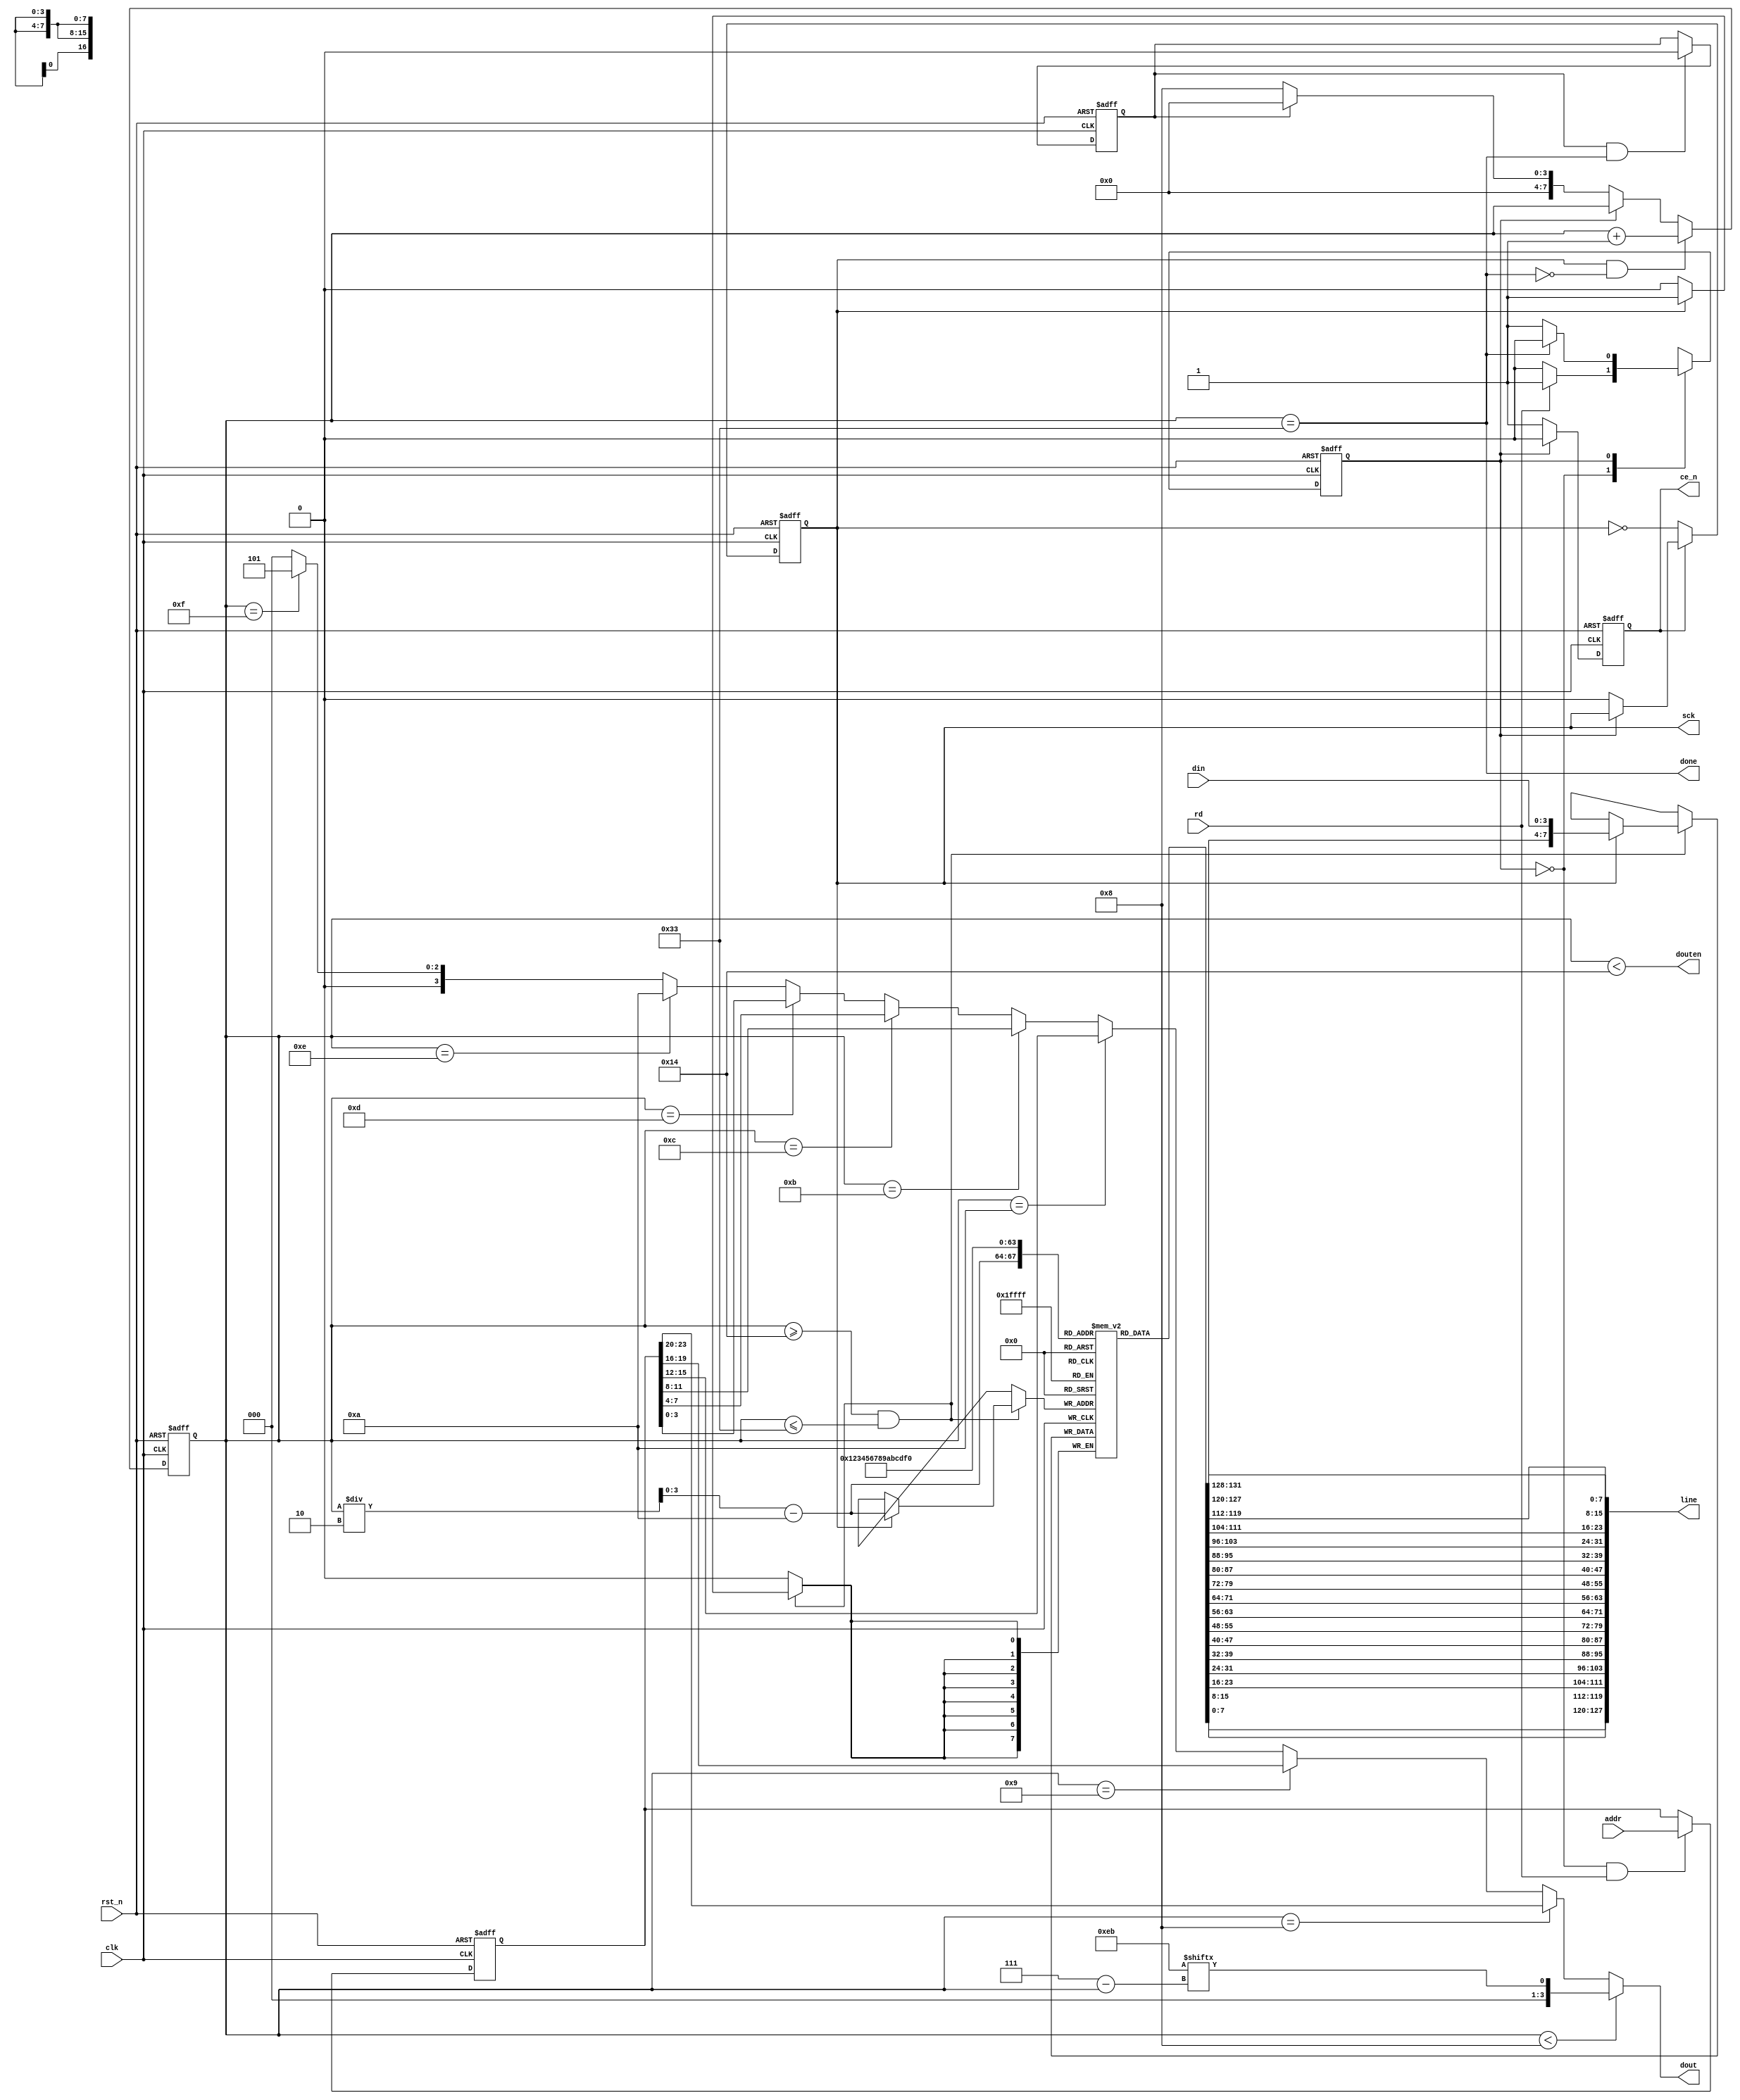
/*
	Copyright 2020 Mohamed Shalan (mshalan@aucegypt.edu)
	
	Licensed under the Apache License, Version 2.0 (the "License"); 
	you may not use this file except in compliance with the License. 
	You may obtain a copy of the License at:
	http://www.apache.org/licenses/LICENSE-2.0
	Unless required by applicable law or agreed to in writing, software 
	distributed under the License is distributed on an "AS IS" BASIS, 
	WITHOUT WARRANTIES OR CONDITIONS OF ANY KIND, either express or implied. 
	See the License for the specific language governing permissions and 
	limitations under the License.
*/

`timescale          1ns/1ps
`default_nettype    none

/*
    RTL Model for reading from Quad I/O flash using the QUAD I/O FAST READ (0xEB) 
    command with the continuous read option enabled. The Quad I/O bit must be set 
    during flash programming. The provided flash memory model has the bit set.

    Every transaction reads one cache line from the flash. To start a transaction, 
    provide the memory address and assert rd for 1 clock cycle. done is a sserted 
    for 1 clock cycle when the data is ready

*/
module FLASH_READER_QSPI #(parameter LINE_SIZE   = 16)(
    input   wire                        clk,
    input   wire                        rst_n,
    input   wire [23:0]                 addr,
    input   wire                        rd,
    output  wire                        done,
    output  wire [(LINE_SIZE*8)-1: 0]   line,      

    output  reg                         sck,
    output  reg                         ce_n,
    input   wire [3:0]                  din,
    output  wire [3:0]                  dout,
    output  wire                        douten
);
    localparam LINE_BYTES = LINE_SIZE;
    localparam LINE_CYCLES = LINE_BYTES * 8;

    localparam  IDLE =  1'b0, 
                READ =  1'b1;

    reg         state, nstate;
    (* keep *) reg [7:0]   counter;
    reg [23:0]  saddr;
    reg [7:0]   data [LINE_BYTES-1 : 0]; 

    reg         first;

    wire[7:0]   EBH = 8'heb;
    
    // for debugging
    wire [7:0] data_0 = data[0];
    wire [7:0] data_1 = data[1];
    wire [7:0] data_15 = data[15];

    always @*
        case (state)
            IDLE:   if(rd) 
                        nstate = READ; 
                    else 
                        nstate = IDLE;
            READ:   if(done) 
                        nstate = IDLE; 
                    else 
                        nstate = READ;
        endcase 

    always @ (posedge clk or negedge rst_n)
        if(!rst_n) first <= 1'b1;
        else if(first & done) first <= 0;

    
    always @ (posedge clk or negedge rst_n)
        if(!rst_n) state <= IDLE;
        else state <= nstate;

    always @ (posedge clk or negedge rst_n)
        if(!rst_n) sck <= 1'b0;
        else if(~ce_n) sck <= ~ sck;
        else if(state == IDLE) sck <= 1'b0;

    always @ (posedge clk or negedge rst_n)
        if(!rst_n) ce_n <= 1'b1;
        else if(state == READ) ce_n <= 1'b0;
        else ce_n <= 1'b1;

    always @ (posedge clk or negedge rst_n)
        if(!rst_n) counter <= 8'b0;
        else if(sck & ~done) counter <= counter + 1'b1;
        else if(state == IDLE) 
            if(first) counter <= 8'b0;
            else counter <= 8'd8;

    always @ (posedge clk or negedge rst_n)
        if(!rst_n) saddr <= 24'b0;
        else if((state == IDLE) && rd) saddr <= addr;

    always @ (posedge clk)
        if(counter >= 20 && counter <= 19+LINE_BYTES*2)
            if(sck) 
                data[counter/2 - 10] <= {data[counter/2 - 10][3:0], din}; // Optimize!

    assign dout     =   (counter < 8)   ?   {3'b0, EBH[7 - counter]}    :
                        (counter == 8)  ?   saddr[23:20]                : 
                        (counter == 9)  ?   saddr[19:16]                :
                        (counter == 10) ?   saddr[15:12]                :
                        (counter == 11) ?   saddr[11:8]                 :
                        (counter == 12) ?   saddr[7:4]                  :
                        (counter == 13) ?   saddr[3:0]                  :
                        (counter == 14) ?   4'hA                        :
                        (counter == 15) ?   4'h5                        : 
                                            4'h0;    
        
    assign douten   = (counter < 20);

    assign done     = (counter == 19+LINE_BYTES*2);


    generate
        genvar i; 
        for(i=0; i<LINE_BYTES; i=i+1)
            assign line[i*8+7: i*8] = data[i];
    endgenerate

endmodule

/*
    Software reset to exit the EBh command ccontinuous read in case of a non-PoR.
    RESET_CYCLES has to change to refelct the max clock frequency of the system
    Here we assume 50MHz for a reset time of 40usec
*/
module FLASH_RESET #(parameter RESET_CYCLES=1023) (
    input   wire            clk,
    input   wire            rst_n,
    input   wire            start,
    output  wire            done,

    output  wire            sck,
    output  wire            ce_n,
    input   wire [3:0]      din,
    output  wire [3:0]      dout,
    output  wire            douten
);

    wire[7:0]   C66 = 8'h66;
    wire[7:0]   C99 = 8'h99;

    reg[11:0]   counter;
    reg         ck;

    reg         idle;

    always @(posedge clk or negedge rst_n)
        if(!rst_n)  
            idle <= 1'b1;
        else if(start)   
            idle <= 1'b0;
    

    always @(posedge clk or negedge rst_n)
        if(!rst_n)
            ck <= 1'b0;
        else
            if(counter < RESET_CYCLES)
                ck <= ~ck;

    always @(posedge clk or negedge rst_n)
        if(!rst_n)
            counter <= 5'b0;
        else 
            if((idle == 1'b0) && (counter < RESET_CYCLES) && (ck == 1'b1))
                counter <= counter + 1;

    assign  ce_n    =   (counter > 10'd0 && counter < 10'd9)  ?   1'b0 :
                        (counter > 10'd11 && counter < 10'd20)?   1'b0 :    
                        1'b1;

    wire    d_o     =   (counter > 10'd0  && counter < 10'd9)  ?   C66[counter-1] :
                        (counter > 10'd11 && counter < 10'd20) ?   C99[counter-12] :
                        1'b0;

    assign  dout    =   {3'b0, d_o};
                    
    assign  done    =   (counter == RESET_CYCLES);

    assign  douten  =   1'b1;

    assign  sck     =   ck & ~ce_n;
    //((counter > 5'd1 && counter < 5'd10));

endmodule

/*
    A QSPI XIP Flash controller  
*/
module EF_QSPI_XIP_CTRL #( parameter    NUM_LINES   = 16, 
                                        LINE_SIZE   = 16,
                                        RESET_CYCLES= 1023 ) 
(
    input   wire                        clk,
    input   wire                        rst_n,
    input   wire [23:0]                 addr,
    input   wire                        rd,
    output  wire                        done,
    output  wire [(LINE_SIZE*8)-1: 0]   line,      

    output  wire                        sck,
    output  wire                        ce_n,
    input   wire [3:0]                  din,
    output  wire [3:0]                  dout,
    output  wire                        douten
);

    reg         first;
    reg         d_first;


    reg         rd_rd_;
    wire        rd_done;
    wire        rst_done;

    wire        rd_sck;
    wire        rd_ce_n;
    wire [3:0]  rd_din;
    wire [3:0]  rd_dout;
    wire        rd_douten;

    wire        rst_sck;
    wire        rst_ce_n;
    wire [3:0]  rst_din;
    wire [3:0]  rst_dout;
    wire        rst_douten;

    assign      done    = rd_done;

    assign      sck     = first ? rst_sck       :   rd_sck;
    assign      ce_n    = first ? rst_ce_n      :   rd_ce_n;
    assign      dout    = first ? rst_dout      :   rd_dout;
    assign      douten  = first ? rst_douten    :   rd_douten;
    
    assign      rd_din  = din;

    always @ (posedge clk or negedge rst_n)
        if(!rst_n) 
            rd_rd_ <= 1'b0;
        else if(rst_done) 
            rd_rd_ <= 1'b1;
        else if(rd_rd_) 
            rd_rd_ <= 1'b0; 

    wire    rd_rd = d_first ? rd_rd_ : rd;

    always @ (posedge clk or negedge rst_n)
        if(!rst_n) 
            first <= 1'b1;
        else if(rst_done) 
            first <= 1'b0;

    always @ (posedge clk or negedge rst_n)
        if(!rst_n) 
            d_first <= 1'b1;
        else 
            d_first <= first;

    FLASH_READER_QSPI #(.LINE_SIZE(LINE_SIZE)) 
    READER (
        .clk(clk),
        .rst_n(rst_n),
        .addr(addr),
        .rd(rd_rd),
        .done(rd_done),
        .line(line),
        .sck(rd_sck), 
        .ce_n(rd_ce_n), 
        .din(rd_din), 
        .dout(rd_dout), 
        .douten(rd_douten)  
    );

    FLASH_RESET #(.RESET_CYCLES(RESET_CYCLES))
    RESET (
        .clk(clk),
        .rst_n(rst_n),
        .start(rd),
        .done(rst_done),
        .sck(rst_sck), 
        .ce_n(rst_ce_n), 
        .din(rst_din), 
        .dout(rst_dout), 
        .douten(rst_douten)  
    );

endmodule